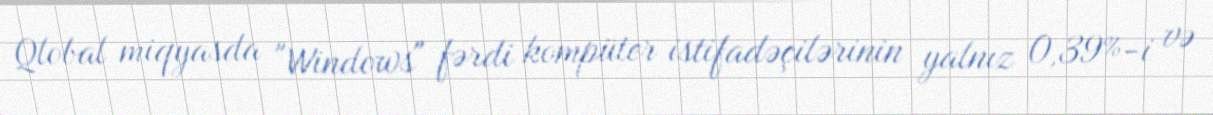
Qlobal miqyasda "Windows" fərdi kompüter istifadəçilərinin yalnız 0,39%-i və